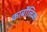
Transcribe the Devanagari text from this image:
कार्बोंलिक